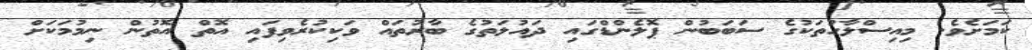
ކަމަށެވެ. މިއިސްލާހުތަކުގެ ސަބަބުން ޕޮލެންޑްގައި ދައުލަތުގެ ބާރުތައް ވަކިކުރެވިފައި އޮތް އޮތުން ނިމުމަކަށް